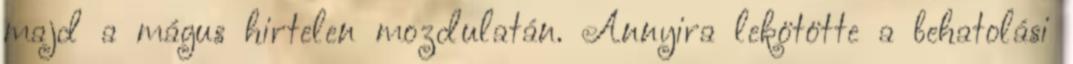
majd a mágus hirtelen mozdulatán. Annyira lekötötte a behatolási